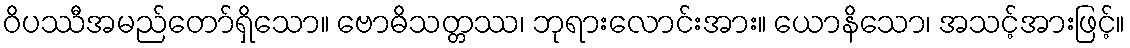
ဝိပဿီအမည်တော်ရှိသော။ ဗောဓိသတ္တဿ၊ ဘုရားလောင်းအား။ ယောနိသော၊ အသင့်အားဖြင့်။